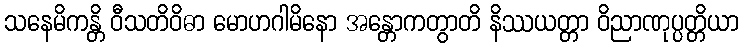
သနေမိကန္တိ ဝီသတိဝိဓာ မောဟဂါမိနော အန္တောကတွာတိ နိဿယတ္တာ ဝိညာဏုပ္ပတ္တိယာ